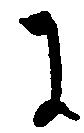
に